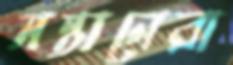
সন্তানেরা